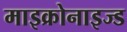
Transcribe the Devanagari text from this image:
माइक्रोनाइज्ड